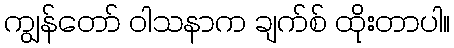
ကျွန်တော် ဝါသနာက ချက်စ် ထိုးတာပါ။